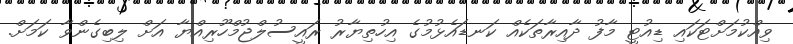
ވިއްކުމަށްޓަކައި ޑިއުޓީ މާފު ދާއިރާތަކެއް ކަނޑައެޅުމުގެ އިހުތިޔާރު ރައީސުލްޖުމްހޫރިއްޔާ އަށް ލިބިގެންވާ ކަމަށް.